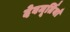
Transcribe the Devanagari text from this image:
देवमूर्तियाँ